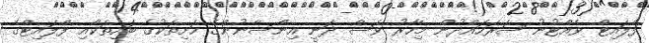
ފްލައިޓް ވެއްޓުނު ސަރަހައްދުން މިހާރު ވެސް ދަނީ އިންސާނުންގެ ހަށިތަކުގެ ބައިތަކާއި ފްލައިޓްގެ